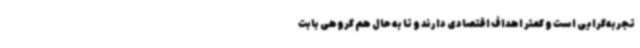
تجربه‌گرایی است و کمتر اهداف اقتصادی دارند و تا به حال هم گروهی بابت